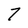
Character: 7